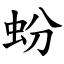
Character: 蚡